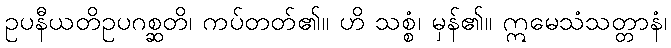
ဥပနီယတိဥပဂစ္ဆတိ၊ ကပ်တတ်၏။ ဟိ သစ္စံ၊ မှန်၏။ ဣမေသံသတ္တာနံ၊